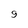
Character: 9